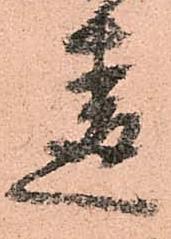
違